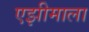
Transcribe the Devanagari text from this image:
एझीमाला